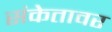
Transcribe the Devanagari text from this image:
संकेतावर